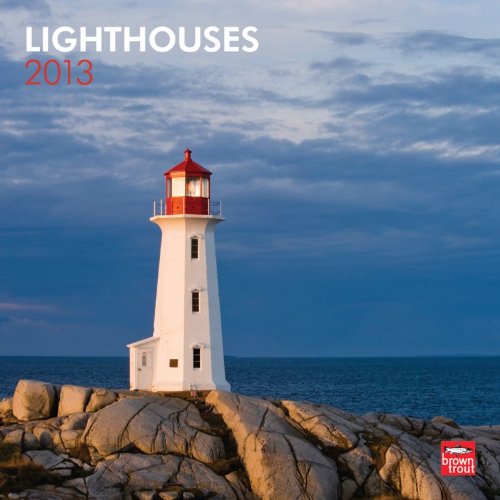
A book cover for Lighthouses 2013 Calendar; Browntrout Publishers; Calendars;